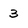
Character: 3